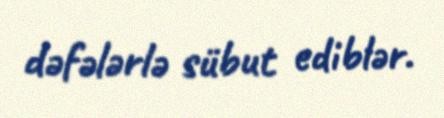
dəfələrlə sübut ediblər.